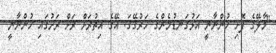
"މާލޭގެ ފޮށި ހުންނާނީ އަޅުގަނޑުމެންގެ ހަރުގޭގަ. އޭގެ އިތުރަށް ރަށް ރަށުގައި ހުންނާނީ